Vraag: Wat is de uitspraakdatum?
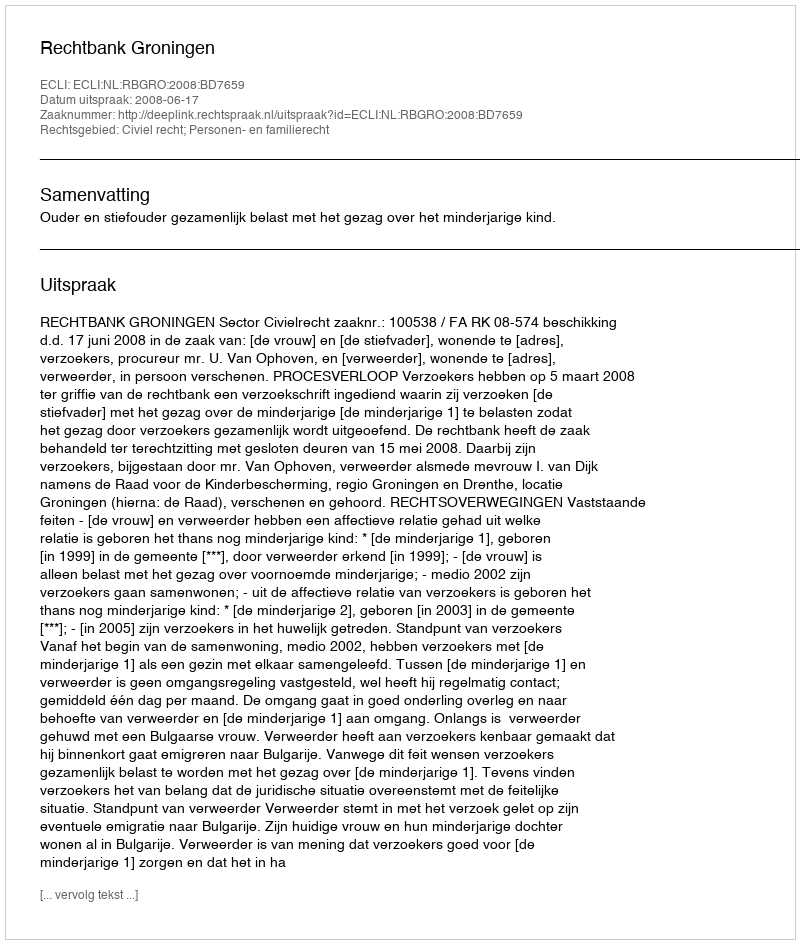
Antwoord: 2008-06-17